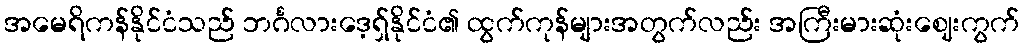
အမေရိကန်နိုင်ငံသည် ဘင်္ဂလားဒေ့ရှ်နိုင်ငံ၏ ထွက်ကုန်များအတွက်လည်း အကြီးမားဆုံးဈေးကွက်